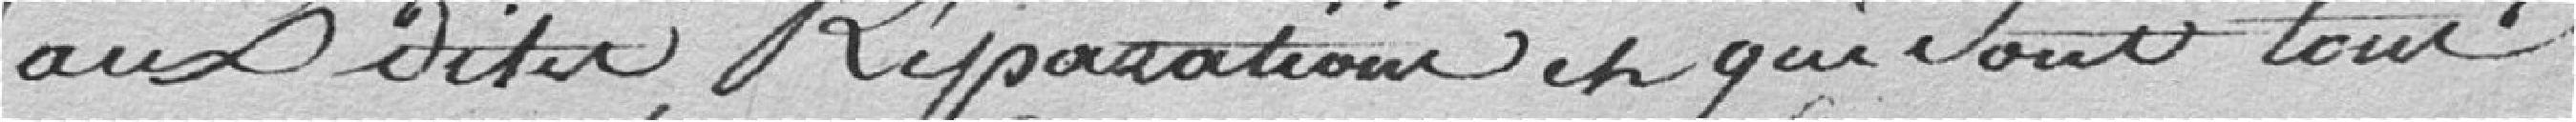
aux sites réparation et qui sont tous